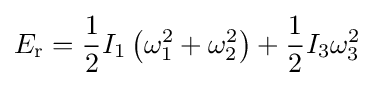
E_{\text{r}}={\frac {1}{2}}I_{1}\left(\omega _{1}^{2}+\omega _{2}^{2}\right)+{\frac {1}{2}}I_{3}\omega _{3}^{2}